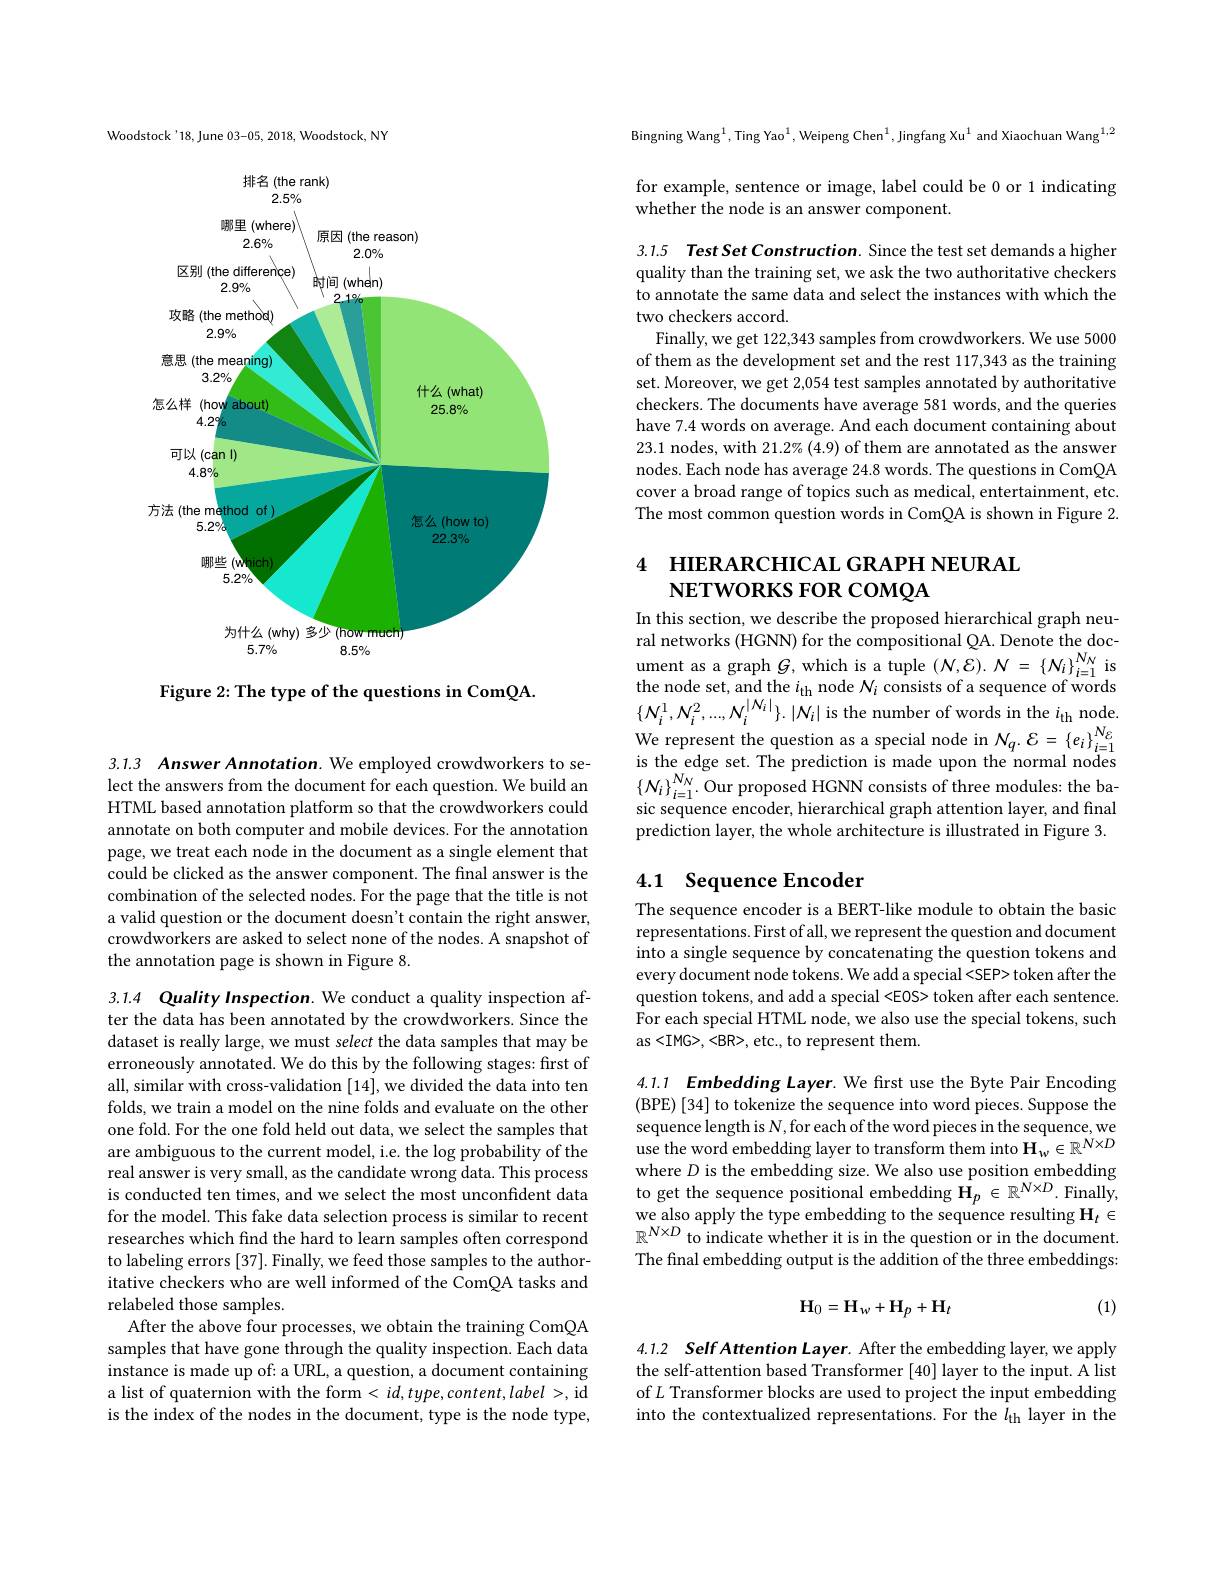
Woodstock'18, June 03-05, 2018, Woodstock, NY
<FigureHere>

Figure 2: The type of the questions in ComQA.

3.1.3 Answer Annotation. We employed crowdworkers to select the answers from the document for each question. We build an HTML based annotation platform so that the crowdworkers could annotate on both computer and mobile devices. For the annotation page, we treat each node in the document as a single element that could be clicked as the answer component. The final answer is the combination of the selected nodes. For the page that the title is not a valid question or the document doesn't contain the right answer, crowdworkers are asked to select none of the nodes. A snapshot of the annotation page is shown in Figure 8.

3.1.4 Quality Inspection. We conduct a quality inspection after the data has been annotated by the crowdworkers. Since the dataset is really large, we must select the data samples that may be erroneously annotated. We do this by the following stages: first of all, similar with cross-validation [14], we divided the data into ten folds, we train a model on the nine folds and evaluate on the other one fold. For the one fold held out data, we select the samples that are ambiguous to the current model, i.e. the log probability of the real answer is very small, as the candidate wrong data. This process is conducted ten times, and we select the most unconfident data for the model. This fake data selection process is similar to recent researches which find the hard to learn samples often correspond to labeling errors [37]. Finally, we feed those samples to the authoritative checkers who are well informed of the ComQA tasks and relabeled those samples.
After the above four processes, we obtain the training ComQA samples that have gone through the quality inspection. Each data instance is made up of: a URL, a question, a document containing a list of quaternion with the form $<id,type,content,label>$,id is the index of the nodes in the document, type is the node type,

Bingning Wang$^{1}$,Ting Yao$^{1}$, Weipeng Chen$^{1}$, Jingfang Xu$^{1}$ and Xiaochuan Wang$^{1,2}$

for example, sentence or image, label could be 0 or 1 indicating
whether the node is an answer component.

3.1.5 Test Set Construction. Since the test set demands a higher quality than the training set, we ask the two authoritative checkers to annotate the same data and select the instances with which the two checkers accord.
Finally, we get 122,343 samples from crowdworkers. We use 5000 of them as the development set and the rest 117,343 as the training set. Moreover, we get 2,054 test samples annotated by authoritative checkers. The documents have average 581 words, and the queries have 7.4 words on average. And each document containing about 23.1 nodes, with 21.2% (4.9) of them are annotated as the answer nodes. Each node has average 24.8 words. The questions in ComQA cover a broad range of topics such as medical, entertainment, etc. The most common question words in ComQA is shown in Figure 2.

# 4 НIЕRARCHICAL GRAPH NEURAI NETWORKS FOR COMQA

In this section, we describe the proposed hierarchical graph neural networks (HGNN) for the compositional QA. Denote the doc- $\begin{array}{cc}{\mathrm{ument~as~a~graph~}G,\mathrm{which~is~a~tuple~}(N,\mathcal{E}).N=\{N_{i}\}_{i=1}^{N_{N}}\mathrm{~is}}\\{\mathrm{thondo~at~and~tho~i~ndo~}N\mathrm{~an~it~a~f~a~a~tuple~}(N,\mathcal{E}).N=\{N_{i}\}_{i=1}^{N_{N}}\mathrm{~is}}\end{array}$ the node set, and the $i_\mathrm{th}$ node $N_i$ consists of a sequence of words $\{N_{i}^{1},N_{i}^{2},...,N_{i}^{|N_{i}|}\}.|N_{i}|$ is the number of words in the $i_\mathrm{th}$ node. We represent the question as a special node in $N_q.{\mathcal{E}}=\left\{e_{i}\right\}_{i=1}^{N_{\mathcal{E}}}$ is the edge set. The prediction is made upon the normal nodes $\left\{N_{i}\right\}_{i=1}^{N_{N}}.$Our proposed HGNN consists of three modules: the basic sequence encoder, hierarchical graph attention layer, and final $\hat{\text{prediction layer, the whole architecture is illustrated in Figure 3.}}$

# 4.1 Sequence Encoder

The sequence encoder is a BERT-like module to obtain the basic representations. First of all, we represent the question and document into a single sequence by concatenating the question tokens and every document node tokens. We add a special <SEP> token after the question tokens, and add a special <E0S> token after each sentence. For each special HTML node, we also use the special tokens, such as,<BR>,etc., to represent them.

4.1.1 Embedding Layer. We first use the Byte Pair Encoding (BPE) [34] to tokenize the sequence into word pieces. Suppose the sequence length is N, for each of the word pieces in the sequence, we use the word embedding layer to transform them into $\mathbf{H}_w\in\mathbb{R}^{N\times D}$ where $D$ is the embedding size. We also use position embedding to get the sequence positional embedding $\mathbf{H}_p\in\mathbb{R}^{N\times D}.$ Finally, we also apply the type embedding to the sequence resulting $\mathbf{H}_t\in$ $\mathbb{R}^{N\times D}$ to indicate whether it is in the question or in the document. The final embedding output is the addition of the three embeddings:
$$\mathbf{H}_0=\mathbf{H}_w+\mathbf{H}_p+\mathbf{H}_t$$
(1)

4.1.2 Self Attention Layer. After the embedding layer, we apply the self-attention based Transformer [40] layer to the input. A list of $L$ Transformer blocks are used to project the input embedding into the contextualized representations. For the $l_\mathrm{th}$ layer in the